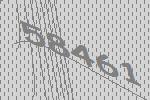
58461